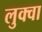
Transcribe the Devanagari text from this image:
लुक्वा